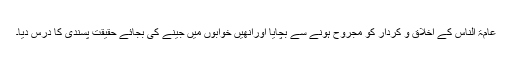
عامۃ الناس کے اخلاق و کردار کو مجروح ہونے سے بچایا اورانھیں خوابوں میں جینے کی بجائے حقیقت پسندی کا درس دیا۔